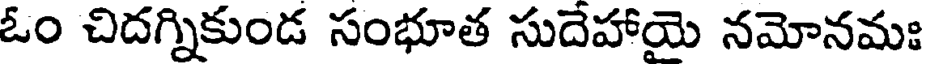
ఓం చిదగ్నికుండ సంభూత సుదెహాయె నమోనమః